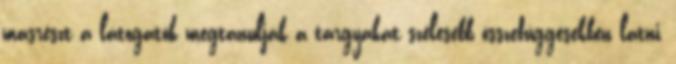
másrészt a látogatók megtanulják a tárgyakat szélesebb összefüggésekben látni,